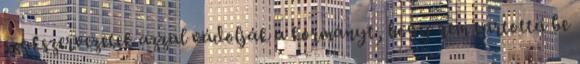
szakszervezetek azzal vádolják a kormányt, hogy nem tartotta be